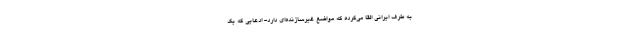
به طرف ایرانی القا می‌کرده که مواضع غیرسازنده‌ای دارد- ادعایی که یک